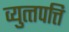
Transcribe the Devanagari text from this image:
व्युत्त्पत्ति